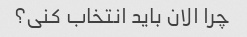
چرا الان باید انتخاب کنی؟